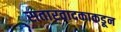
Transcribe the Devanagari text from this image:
सतारवादकाकडून